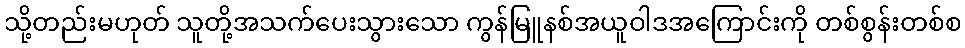
သို့တည်းမဟုတ် သူတို့အသက်ပေးသွားသော ကွန်မြူနစ်အယူဝါဒအကြောင်းကို တစ်စွန်းတစ်စ